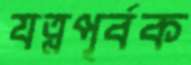
যত্নপূর্বক